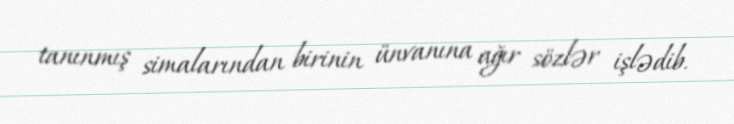
tanınmış simalarından birinin ünvanına ağır sözlər işlədib.